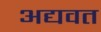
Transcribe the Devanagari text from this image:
अद्यवत